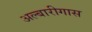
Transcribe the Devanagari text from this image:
अल्बारीगास